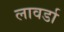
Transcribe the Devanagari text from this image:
लावर्डा